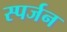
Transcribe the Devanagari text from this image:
स्पर्जन